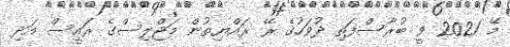
މޭ 2021 ވީ ބުރާސްފަތި ދުވަހުގެ ރޭ ރައްޔިތުން މަޖްލިސްގެ ރައީސް އަދި